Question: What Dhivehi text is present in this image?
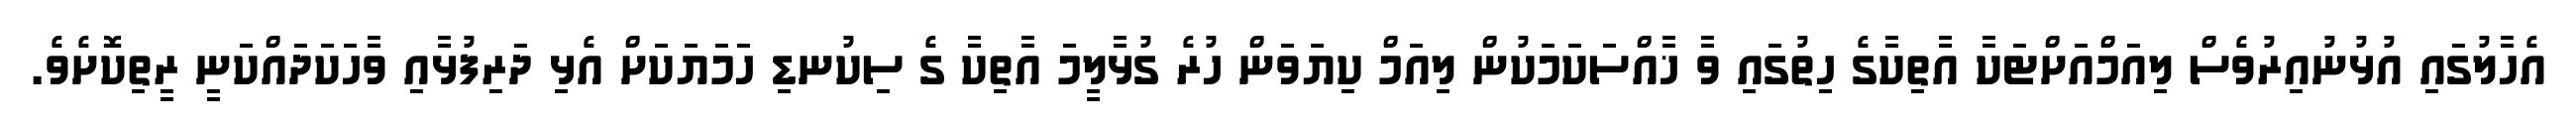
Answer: އެހާލުގައި އުޅުނުއިރުވެސް ލިއަމްއަށްޓަކާ އާތިކާގެ ހިތުގައި ވާ ޚާއްސަކަމަކުން ލިއަމް ކިޔަވަން ހުރެ ގުޅާލީމަ އާތިކާ ގެ ސިކުނޑި ހަމަޔަކަށް އެޅި ދަރިފުޅާއި ވާހަކަދައްކަނީ ރީތިކޮށެވެ.